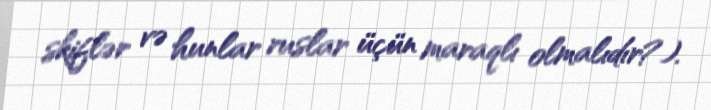
skiflər və hunlar ruslar üçün maraqlı olmalıdır?).